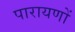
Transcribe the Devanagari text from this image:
पारायणों